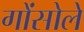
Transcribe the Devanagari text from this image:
गोंसोले